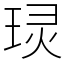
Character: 㻏